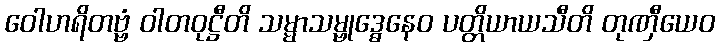
ဝေါဟရိတဗ္ဗံ ဝါတဝုဋ္ဌီတိ သမ္မာသမ္ဗုဒ္ဓေနေဝ ပတ္တိယာယသီတိ တုဏှီယေဝ